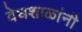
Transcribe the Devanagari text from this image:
वेधशाळांनी